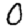
Digit: 0